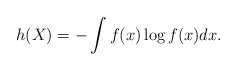
\begin{align*}h(X)=-\int f(x)\log f(x) dx.\end{align*}